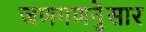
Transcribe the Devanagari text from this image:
जणगणनेुसार